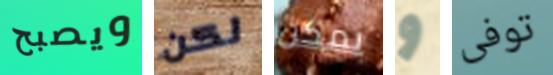
ويصبح لكن يمكن و توفى